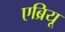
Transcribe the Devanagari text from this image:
एब्रियू